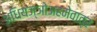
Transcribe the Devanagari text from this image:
अधियज्ञोअहमेवात्र